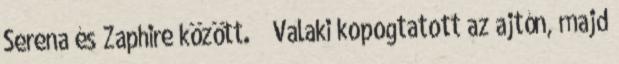
Serena és Zaphire között. Valaki kopogtatott az ajtón, majd